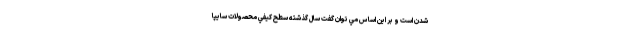
شدن است و بر اين اساس مي توان گفت سال گذشته سطح كيفي محصولات سايپا